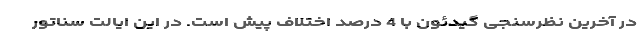
در آخرین نظرسنجی گیدئون با 4 درصد اختلاف پیش است. در این ایالت سناتور